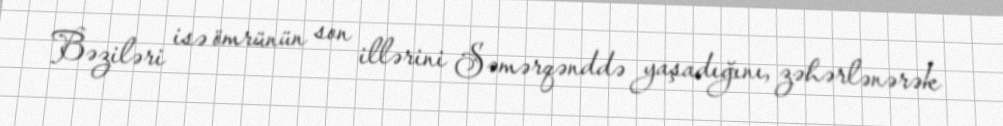
Bəziləri isə ömrünün son illərini Səmərqənddə yaşadığını, zəhərlənərək